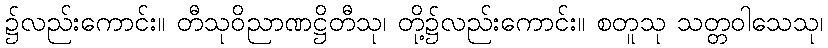
၌လည်းကောင်း။ တီသုဝိညာဏဋ္ဌိတီသု၊ တို့၌လည်းကောင်း။ စတူသု သတ္တဝါသေသု၊